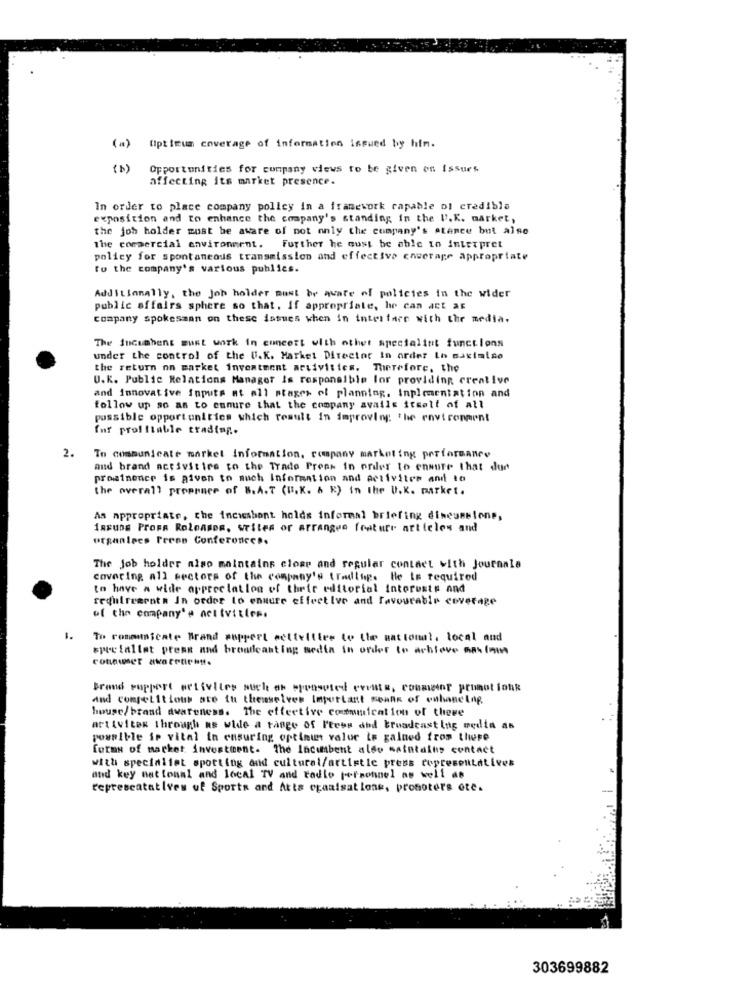
( .. )
(iptimum coverage of information issued by him.
( b)
Opportunities for company views to be given on issues
affecting its market presence.
In order to place company polley in a framework capable ol credible
exposition and to enhance the company's standing in the l'. K. market,
the joh holder must be aware of not only the company's Atance but also
the commercial environment. Further he cust be able to interpret
policy for spontaneous transmission and effective caverage appropriate
ro the company's various publics.
Additionally, the Joh holder must be aware of policies in the wider
public affairs sphere so that. If appropriate, he can act as
company spokesman on these issues when in interface with the media.
The Incumbent must work in concert with other specialist functions
under the control of the U.K. Market Director in order to saximise
the return on market investment activities. Therefore, the
U.K. Public Relations Manager Is responsible for providing creative
and innovative Inputs at all stages of planning. Implementation and
follow up so as to ensure that the company avails itself of all
possible opportunities which result in improving the environment
fur profitable trading.
2.
To communicate market Information, company marketing performance
and brand activities to the Trade Prees in order to ensure that dur
prominence is given to such Information and activities and to
the overall proppure of B.A.T (B.K. 6 E) In the U.K. market.
As appropriate, the incisbont holds informal briefing discussione,
IRRUDE PrOFA RoleABER, Writes or arranges frature articles and
organises Fremm Conferences.
The Job holder also maintains close and regular contact with Journale
covering all sectors of the company's trading. He is required
to have a wide appreciation of their editorial interests and
reduireernta In order to ensure effective and Favourable coverage
of the company's net tvitles.
Th romaunicate Brand support ecttellier to Lhe nat tomat, local and
spre fallet press and broadcasting media in order to achieve nas (oms
coteuer awaretientt.
Brand ruppert ortiviles such as sponsored events, conmetor prunot fonk
And competitions are tu themselves Important seats of enhancing
house/brand awareness. The effective communication of theve
activites through as wide a range of P'tees dhd broadcasting media as
possible ip vital in ensuring optimum valor is galned from there
forms of market investment. The Incumbent also saintallis contact
with specialist sporting and cultural/artistic press representatives
and key national and local TV and radio personnel as well as
teprescatatives uf Sports and Atts opaalsatlone, promoters ote.
303699882